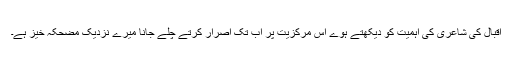
اقبال کی شاعری کی اہمیت کو دیکھتے ہوے اس مرکزیت پر اب تک اصرار کرتے چلے جانا میرے نزدیک مضحکہ خیز ہے۔